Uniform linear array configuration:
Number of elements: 24
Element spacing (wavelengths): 0.5
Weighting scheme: kaiser
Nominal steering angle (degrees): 45
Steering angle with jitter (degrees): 43.218
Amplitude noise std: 0.05
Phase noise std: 0.05

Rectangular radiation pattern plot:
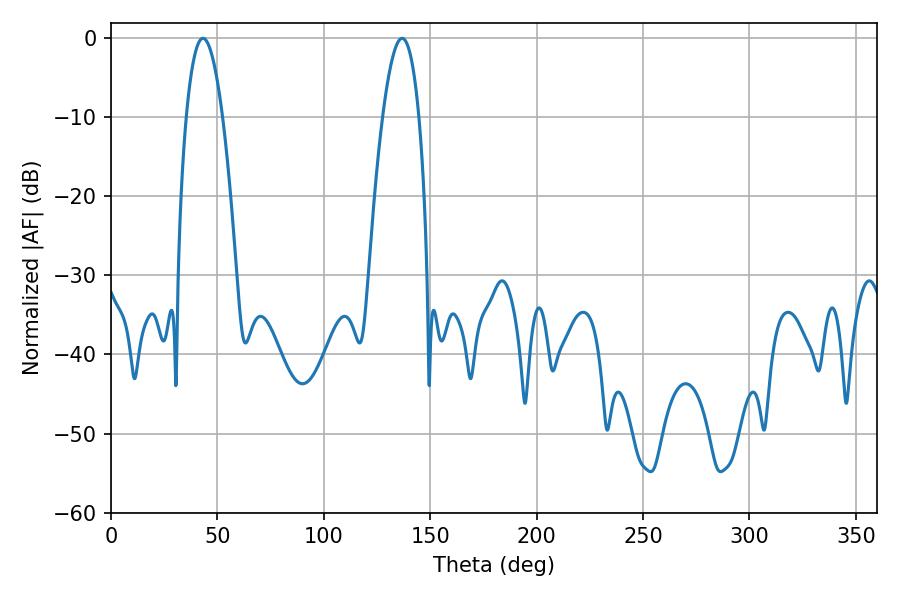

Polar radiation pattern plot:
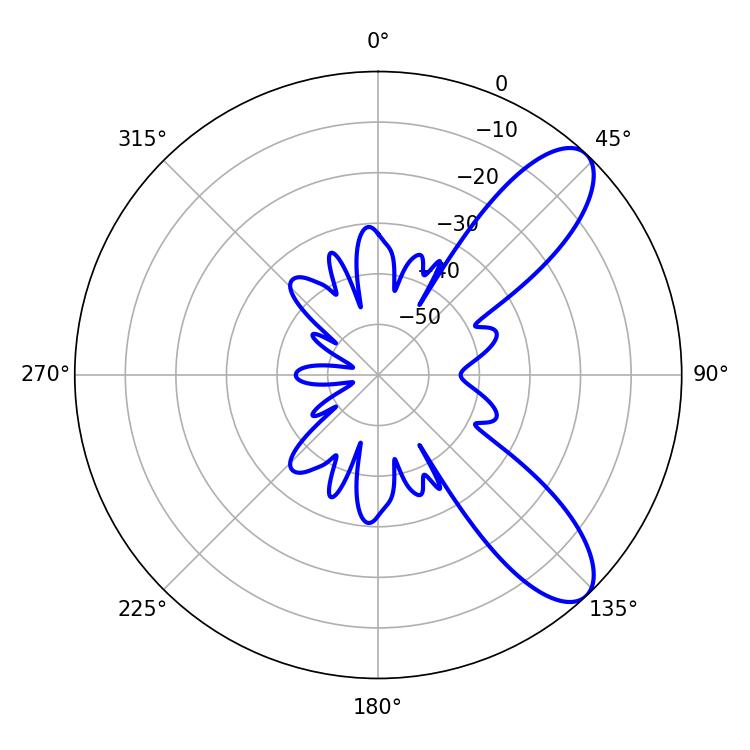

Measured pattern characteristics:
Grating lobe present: FALSE
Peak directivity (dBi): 9.163
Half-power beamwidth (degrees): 9.36
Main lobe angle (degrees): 43.2